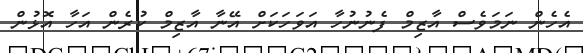
އެހެން ނަމަވެސް އާޒިމް ފެނުނުހާ އަވަހަކަށް އޭނާ އާޒިމް ކުރެން އަހާ އޮޅުން